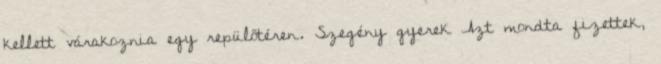
kellett várakoznia egy repülőtéren. Szegény gyerek Azt mondta fizettek,